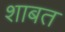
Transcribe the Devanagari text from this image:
शाबत